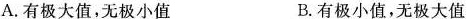
A.有极大值，无极小值 B.有极小值，无极大值